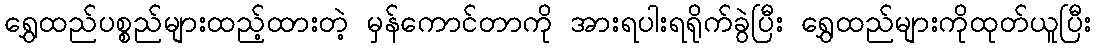
ရွှေထည်ပစ္စည်များထည့်ထားတဲ့ မှန်ကောင်တာကို အားရပါးရရိုက်ခွဲပြီး ရွှေထည်များကိုထုတ်ယူပြီး